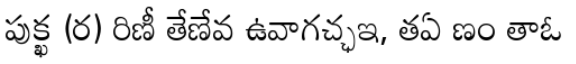
పుక్ఖ (ర) రిణీ తేణేవ ఉవాగచ్ఛఇ, తఏ ణం తాఓ